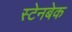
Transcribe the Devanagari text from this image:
स्टेनबेक